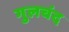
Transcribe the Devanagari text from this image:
गुलचंद